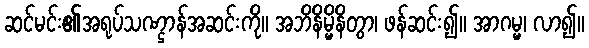
ဆင်မင်း၏အရုပ်သဏ္ဌာန်အဆင်းကို။ အဘိနိမ္မိနိတွာ၊ ဖန်ဆင်း၍။ အာဂမ္မ၊ လာ၍။